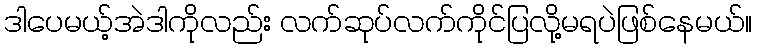
ဒါပေမယ့်အဲဒါကိုလည်း လက်ဆုပ်လက်ကိုင်ပြလို့မရပဲဖြစ်နေမယ်။